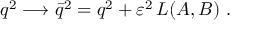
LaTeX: q ^ { 2 } \longrightarrow \bar { q } ^ { 2 } = q ^ { 2 } + \varepsilon ^ { 2 } \, L ( A , B ) \ .